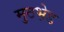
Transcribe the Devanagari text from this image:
मुठभ़ेड